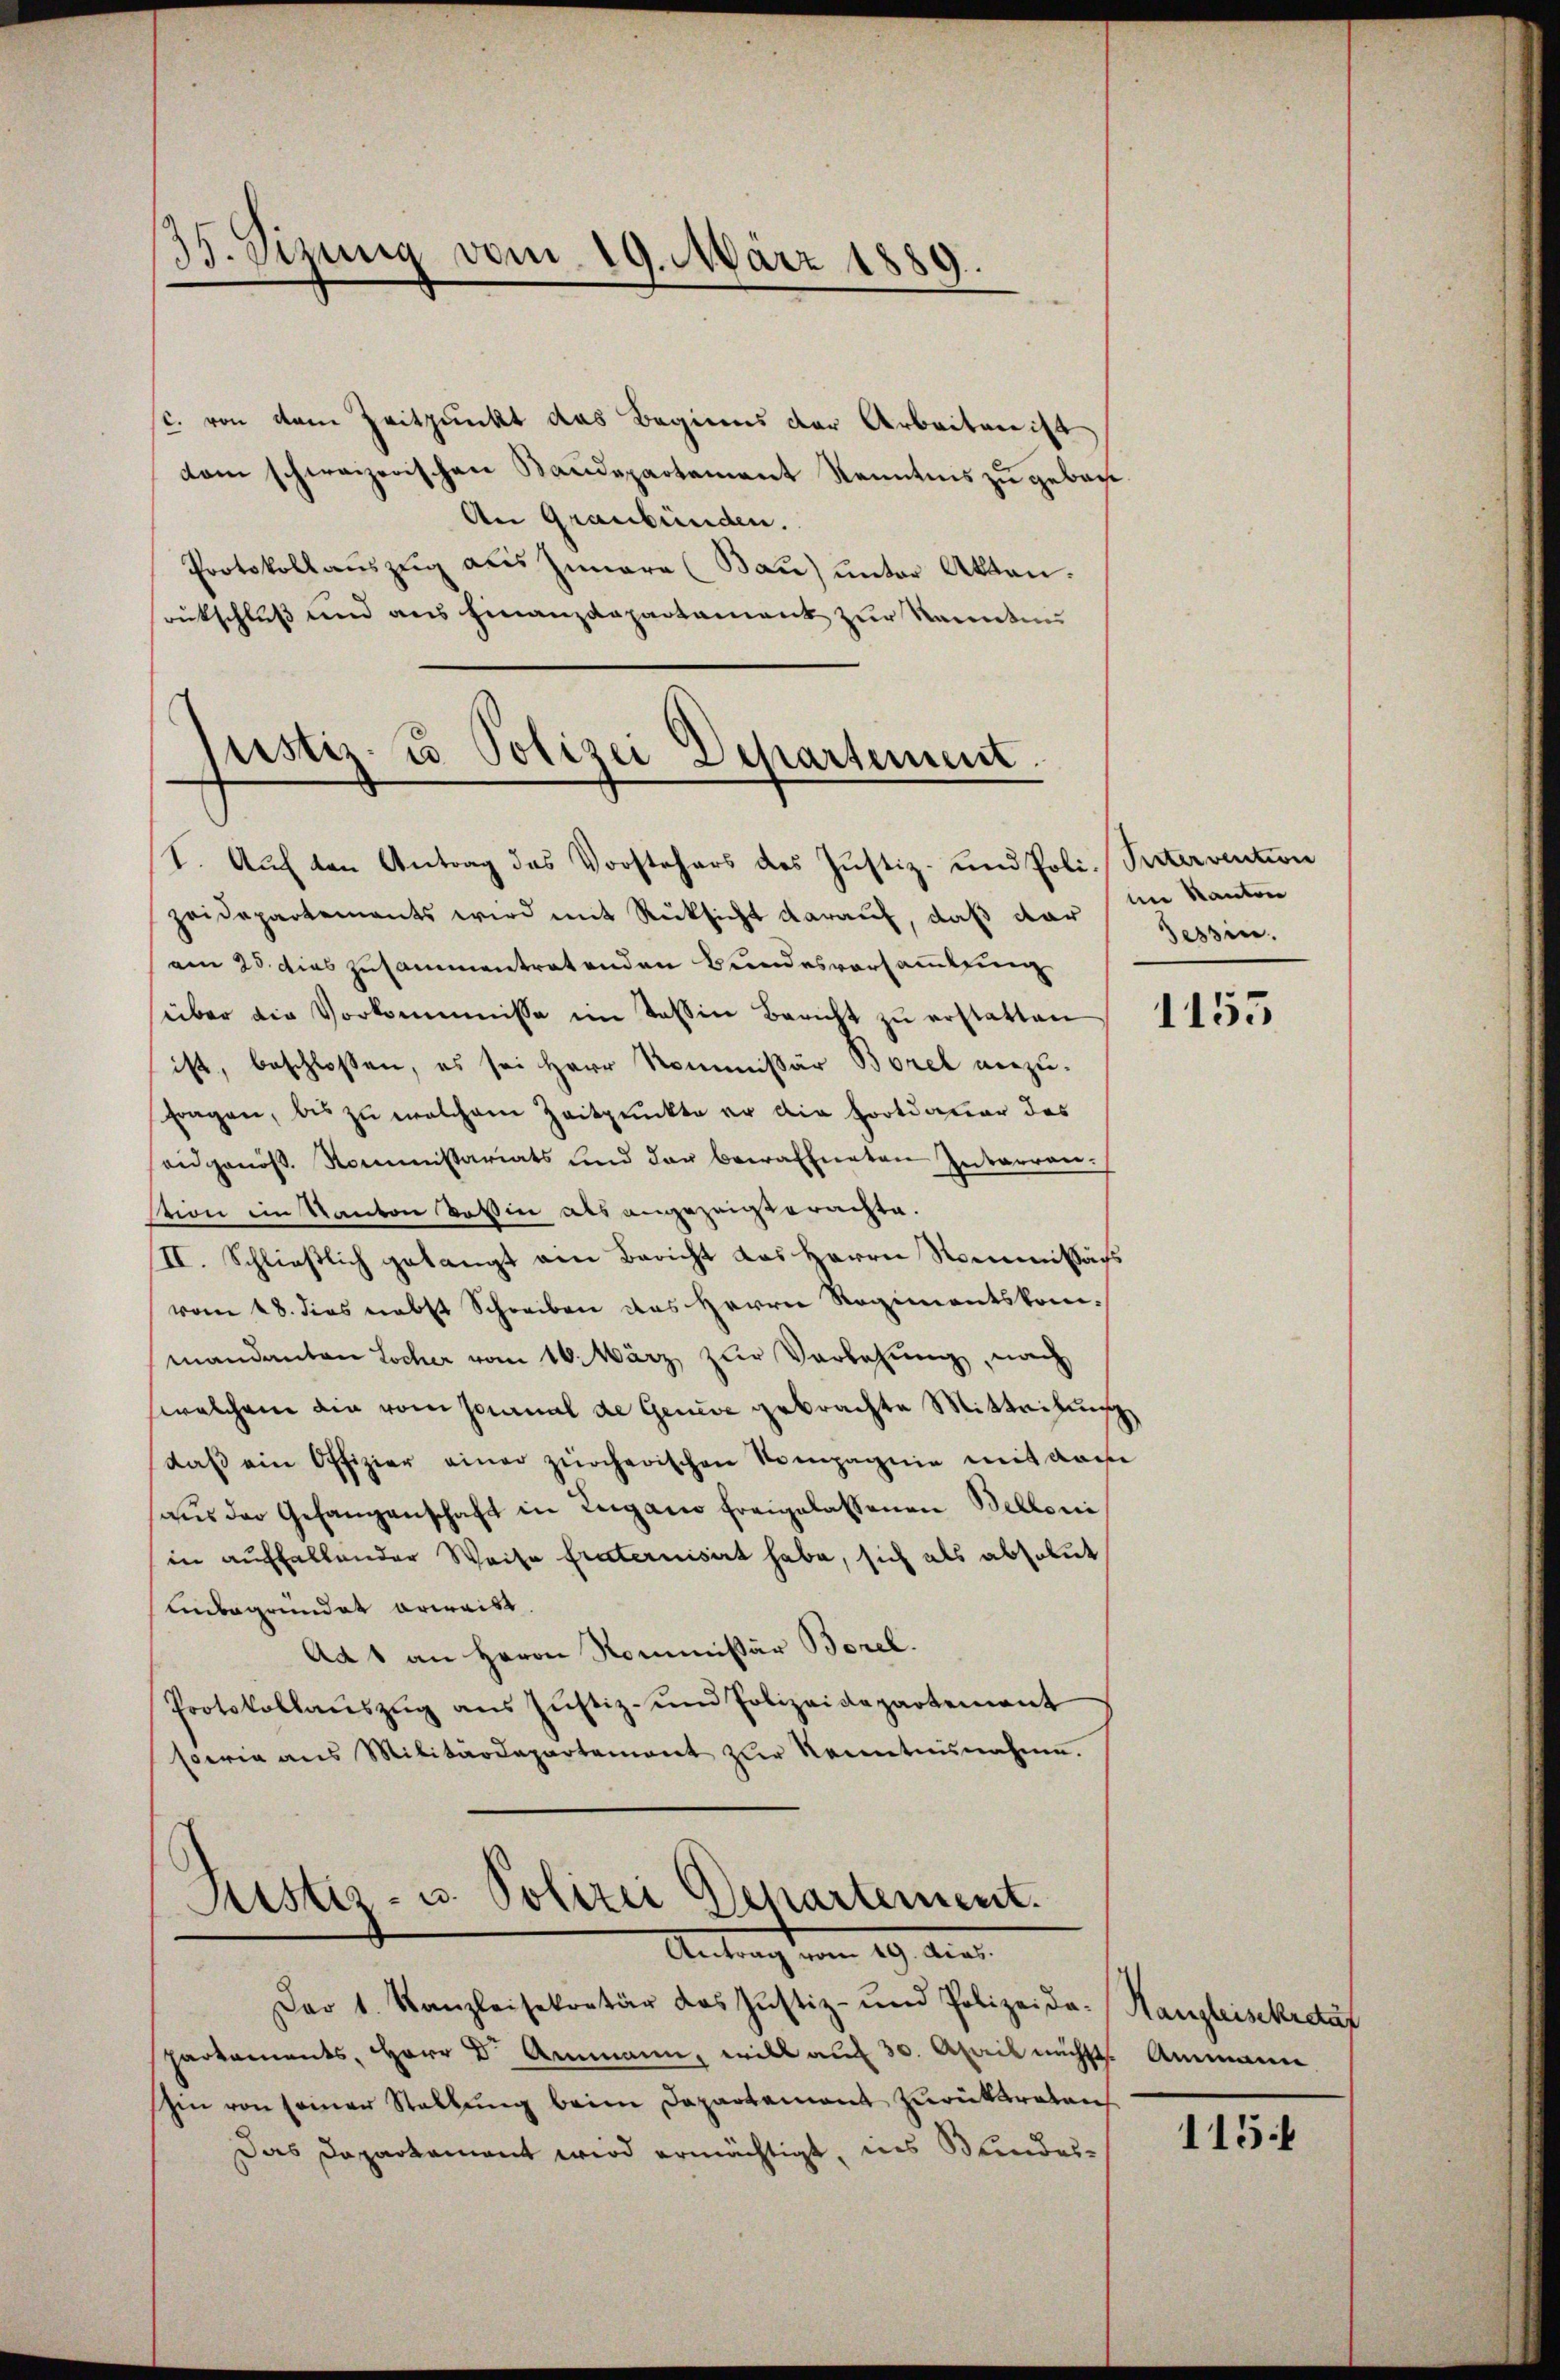
35. Sizung vom 19. März 1889.

sc. von dem Zeitpunkt das Beginns der Arbeiten ist
dom schweizerischen Baudepartement Kenntnis zu gebache
An Graubünden.
Protokollauszug aus Iunara (Bau) unter Akten.
rückschluß und aus Finanzdepartament zur kannten

ustiz- u. Polizei Departement

1. Auf den Antrag des Vorstehers des Justiz- und Poli-Sittervention
zeidepartements wird mit Rücksicht darauf, daß dar im Kanton
am 25. dies zusammentretenden Bundesvorsammlung
über die Vorkommnisse im Tessin Bericht zŭ erstatten
ist, beschlossen, es sei Herr Kommissär Borel anzu¬
Fragen, bis zu welchem Zeitpunkte er die Fortdauer des
eidgenös. Kommissariats und der bewaffneten Interren-
stion im Kanton Dottin als angezeichterachte.
II. Schließlich gelangt ein Bericht das Herrn Kommissärs
vom 18. dies nebst Schreiben des Herrn Regimentskommandanton Locher vom 16. März zur Verlesung, nach
welchem die vom Journal de Genere gebrachte Mitteilung
daβ ein Offizier einer zürcherischen Kompagnie mit dam
haŭs der Gefangenschaft in Leigano freigelassenen Belloni
in auffallender Weise fraternisirt habe, sich als absolut
Unbegründet erweist.
Ad 1 an Herrn Kommissär Borel.
Protokollaŭszŭg aŭs Jŭstiz- und Polizeidepartement
sowie aus Militärdepartement zur Kenntnisnahme.

Ristis- u. Polizei Departement.
Antrag vom 19. Acas.

Der 1. Kanzleisekretär das Justiz- und Polizeida-Hangleisekräf
hartements, Herr Dr. Ammann, will auf 30. April nächst. Ammanne
shin von seiner Stallung beim Departement zurücktreten
Das Daparkament wird ermächtigt, ins Blindes¬

Tessin.

1155

115.